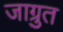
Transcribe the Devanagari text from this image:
जाग्रुत